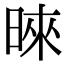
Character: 𪰪